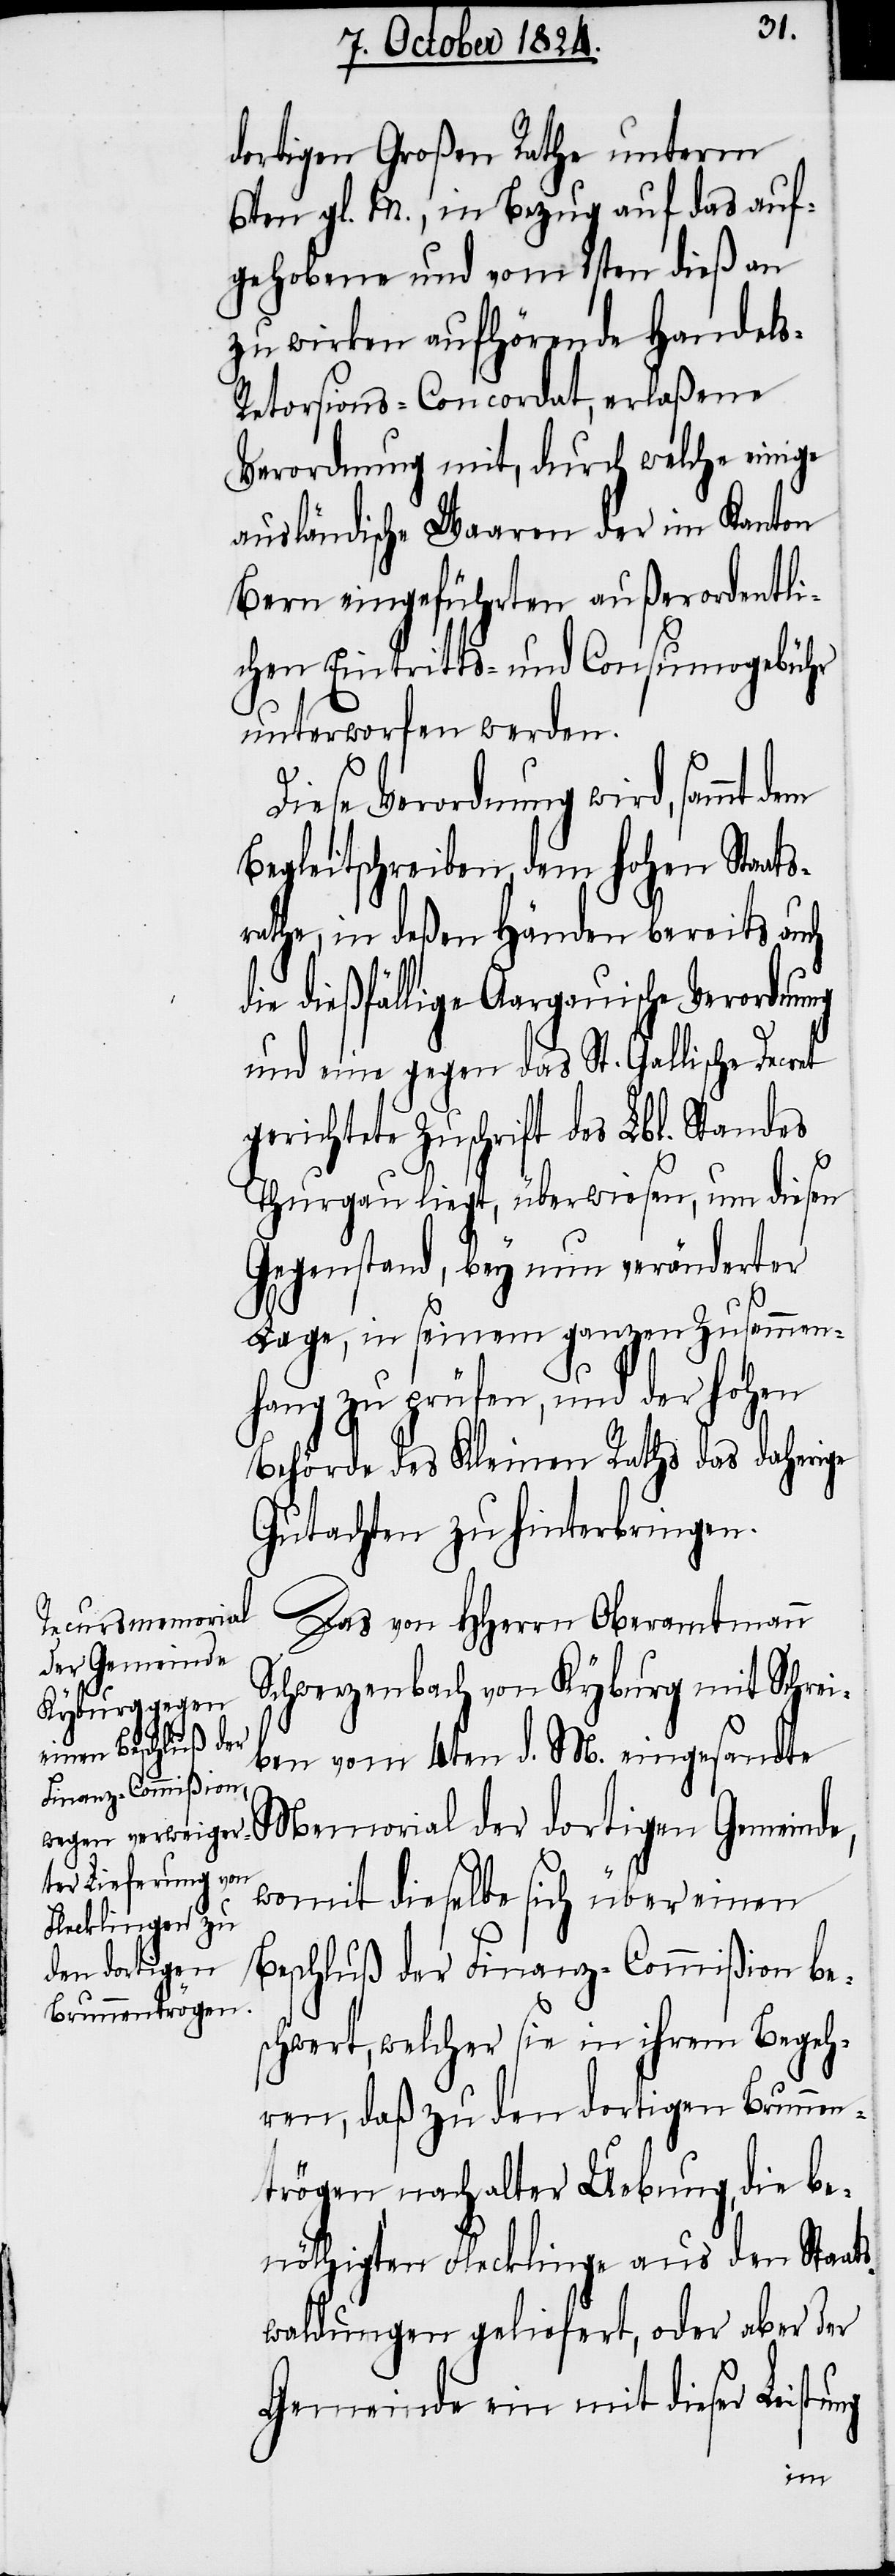
dortigen Großen Rathe unterm
6ten gl. M., in Bezug auf das auf¬
gehobene und vom 1sten dieß an
zu wirken aufhörende Handel¬
s-Retorsions-Concordat, erlaßene
Verordnung mit, durch welche einige
ausländische Waaren der im Kanton
Bern eingeführten außerordentli¬
chen Eintritts- und Consumogebühr
unterworfen werden.
Diese Verordnung wird, sammt dem
Begleitschreiben, dem hohen Staat¬
srathe, in deßen Händen bereits auch
die dießfällige Aargauische Verordnung
und eine gegen das St. Gallische Decret
gerichtete Zuschrift Lbl. Standes
Thurgau liegt, überwiesen, um diesen
Gegenstand, bey nun veränderter
Lage, in seinem ganzen Zusammen¬
hang zu prüfen, und der hohen
Behörde des Kleinen Raths das daherige
Gutachten zu hinterbringen.
Das von HHerrn Oberamtmann
Schwerzenbach von Kyburg mit Schrei¬
ben vom 4ten d. M. eingesandte
Memorial der dortigen Gemeinde,
womit dieselbe sich über einen
Beschluß der Finanz-Commißion be¬
schwert, welcher sie in ihrem Begeh¬
ren, daß zu den dortigen Brunnen¬
trögen nach alter Uebung, die be¬
nöthigten Flecklinge aus den Staats¬
waldungen geliefert, oder aber der
Gemeinde ein mit dieser Leistu¬
ng